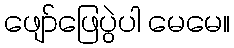
ဖျော်ဖြေပွဲပါ မေမေ။